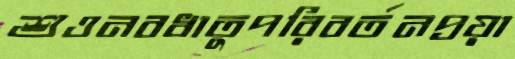
শুওনবধাতুপরিবর্তনপ্রয়া